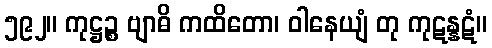
၅၉၂။ ကုဋ္ဌဉ္စ ဗျာဓိ ကထိတော၊ ဝါနေယျံ တု ကုဋန္နဋံ။